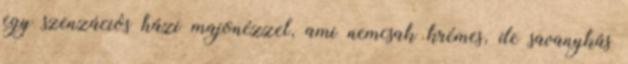
egy szenzációs házi majonézzel, ami nemcsak krémes, de savanykás